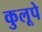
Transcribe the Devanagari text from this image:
कुलूपे